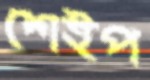
শেইপ